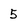
Character: 5